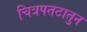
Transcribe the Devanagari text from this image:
चित्रपतटातुन